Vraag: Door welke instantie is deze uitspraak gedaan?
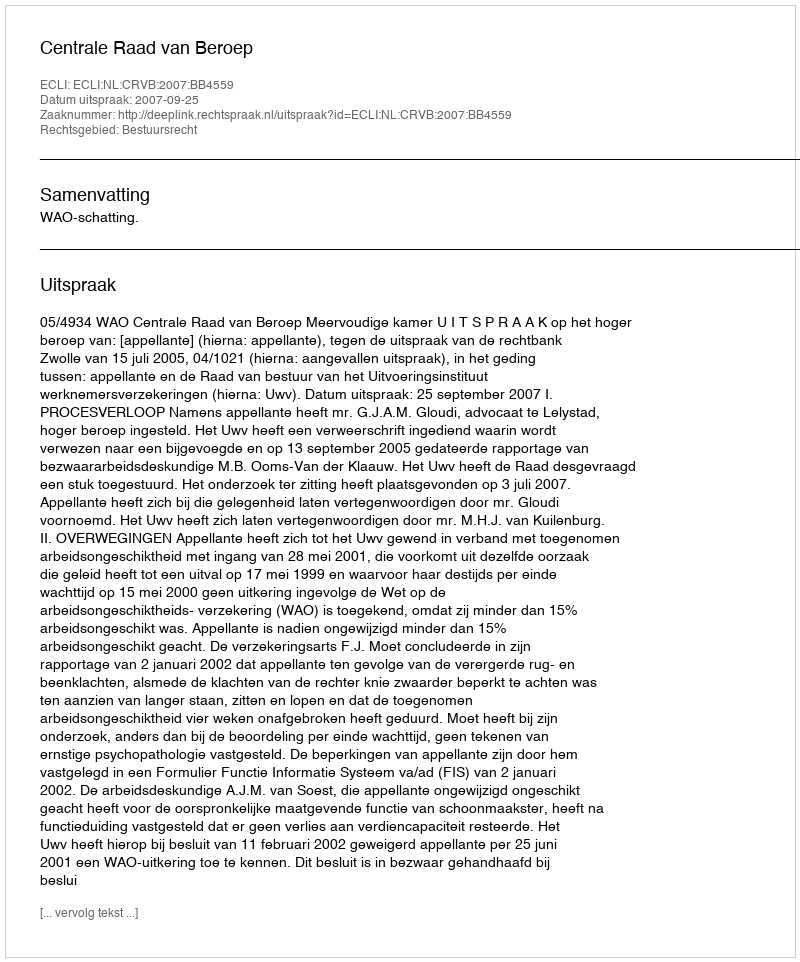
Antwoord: Centrale Raad van Beroep